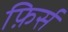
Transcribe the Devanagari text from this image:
फ़िर्स